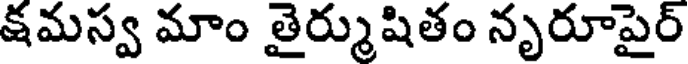
క్షమస్వ మాం తైర్ముషితం నృరూపైర్